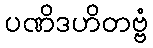
ပဏိဒဟိတဗ္ဗံ